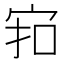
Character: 𪧊